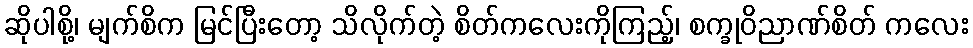
ဆိုပါစို့၊ မျက်စိက မြင်ပြီးတော့ သိလိုက်တဲ့ စိတ်ကလေးကိုကြည့်၊ စက္ခုဝိညာဏ်စိတ် ကလေး